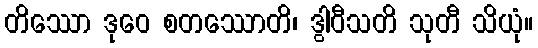
တိဿော ဒုဝေ စတဿောတိ၊ ဒွါဝီသတိ သုတီ သိယုံ။